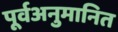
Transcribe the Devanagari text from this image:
पूर्वअनुमानित